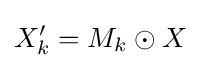
X'_{k}=M_{k}\odot X